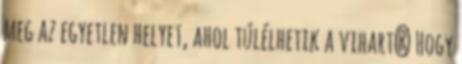
meg az egyetlen helyet, ahol túlélhetik a vihart? Hogy